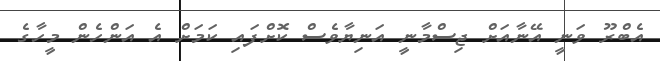
އެބްރޫ ވަނީ އޭނާއަށް ޖިސްމާނީ އަނިޔާވެސް ކޮށްފައި ކަމަށް އެ އަންހެން މީހާގެ